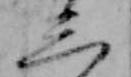
三